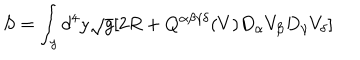
S = \int _ { y } d ^ { 4 } y \sqrt { g } [ 2 R + Q ^ { \alpha \beta \gamma \delta } ( V ) D _ { \alpha } V _ { \beta } D _ { \gamma } V _ { \delta } ]